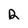
Character: R